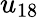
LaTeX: u_{18}